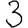
Digit: 3